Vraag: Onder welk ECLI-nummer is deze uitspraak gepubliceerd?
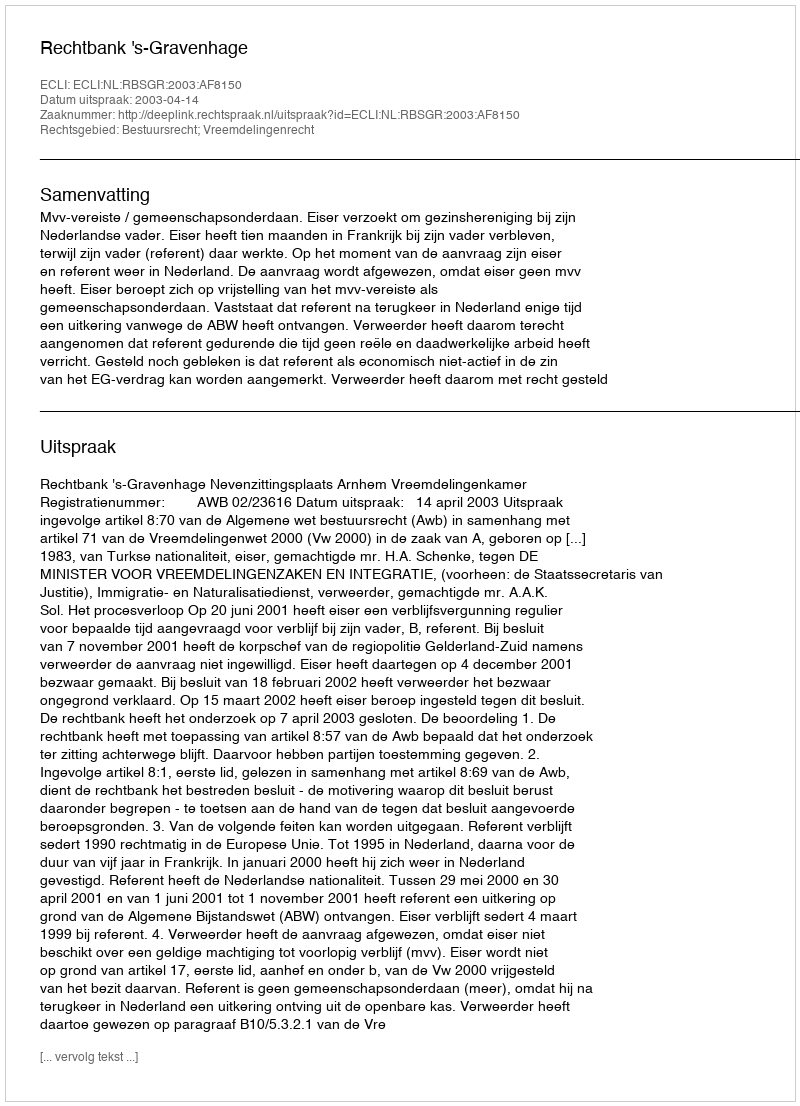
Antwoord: ECLI:NL:RBSGR:2003:AF8150